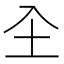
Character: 𭍺